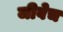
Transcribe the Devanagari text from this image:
जीवेच